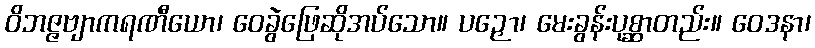
ဝိဘဇ္ဇဗျာကရဏီယော၊ ဝေခွဲဖြေဆိုအပ်သော။ ပဉှော၊ မေးခွန်းပုစ္ဆာတည်း။ ဝေဒနာ၊